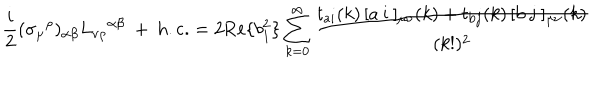
\frac { i } 2 ( \sigma _ { \mu } { } ^ { \rho } ) _ { \alpha \beta } L _ { \nu \rho } { } ^ { \alpha \beta } \ + \ \mathrm { h . c . } = 2 \mathrm { R e } \{ b _ { 1 } ^ { 2 } \} \sum _ { k = 0 } ^ { \infty } \frac { t _ { \mathrm { a } i } ( k ) \, [ \mathrm { a ~ i ~ } ] _ { \mu \nu } { } ( k ) + t _ { \mathrm { b } j } ( k ) \, [ \mathrm { b ~ j ~ } ] _ { \mu \nu } { } ( k ) } { ( k ! ) ^ { 2 } }